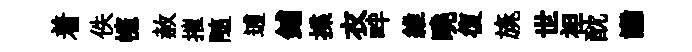
着佚幰赦摧随逋鋪揲衣畔維曉復旐世袒酖讟